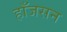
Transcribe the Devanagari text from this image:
हाँजसन